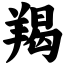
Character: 羯